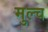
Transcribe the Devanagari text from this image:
मुल्च